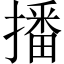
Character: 播